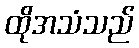
ထိုအသံသည်